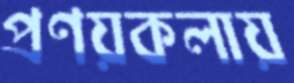
প্রণয়কলায়